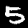
Digit: 5